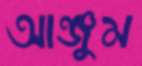
আঞ্জুম